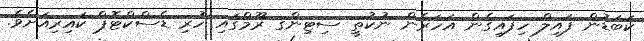
ކަބަޑުން ފައިލް ހިފައިގެން އަހަރެން ނުކުތީ ސިޓިންގ ރޫމްގައި ހުރި ޑެސްކްޓޮޕް ކައިރިއަށެވެ.